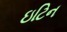
ઇટિન